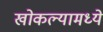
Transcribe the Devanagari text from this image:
खोकल्यामध्ये